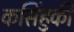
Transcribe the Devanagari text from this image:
कसिंहुकी